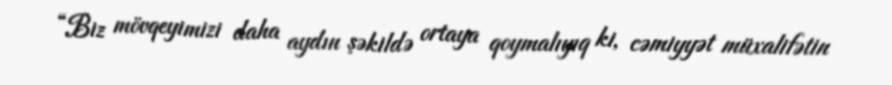
“Biz mövqeyimizi daha aydın şəkildə ortaya qoymalıyıq ki, cəmiyyət müxalifətin